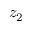
z _ { 2 }